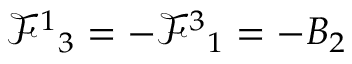
\mathcal { F } ^ { 1 } { } _ { 3 } = - \mathcal { F } ^ { 3 } { } _ { 1 } = - B _ { 2 }